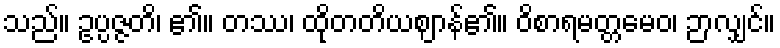
သည်။ ဥပ္ပဇ္ဇတိ၊ ၏။ တဿ၊ ထိုတတိယဈာန်၏။ ဝိစာရမတ္တမေဝ၊ ဉာလျှင်။